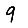
Digit: 9